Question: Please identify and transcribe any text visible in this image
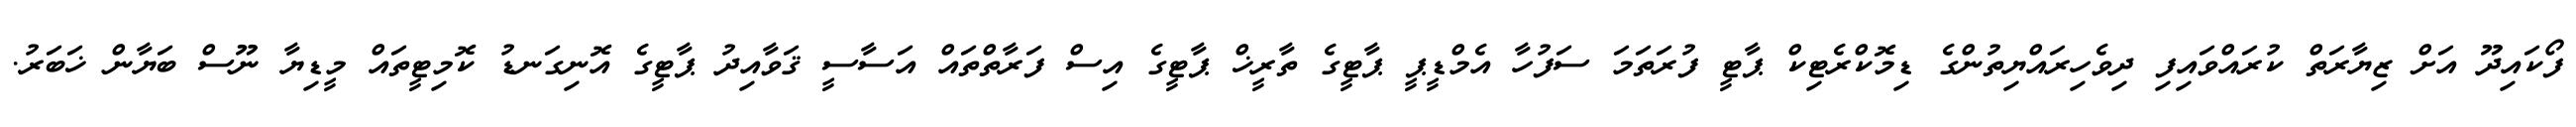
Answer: ފޯކައިދޫ އަށް ޒިޔާރަތް ކުރައްވައިފި ދިވެހިރައްޔިތުންގެ ޑިމޮކްރެޓިކް ޕާޓީ ފުރަތަމަ ސަފުހާ އެމްޑީޕީ ޕާޓީގެ ތާރީޚް ޕާޓީގެ އިސް ފަރާތްތައް އަސާސީ ޤަވާއިދު ޕާޓީގެ އޮނިގަނޑު ކޮމިޓީތައް މީޑިޔާ ނޫސް ބަޔާން ޚަބަރު.